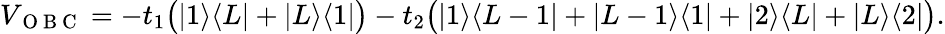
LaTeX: \begin{array}{r}{V_{\mathrm{~O~B~C~}}=-t_{1}\big(|1\rangle\langle L|+|L\rangle\langle 1|\big)-t_{2}\big(|1\rangle\langle L-1|+|L-1\rangle\langle 1|+|2\rangle\langle L|+|L\rangle\langle 2|\big).}\end{array}